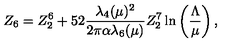
Z _ { 6 } = Z _ { 2 } ^ { 6 } + { \binom { 5 } { 2 } } { \frac { \lambda _ { 4 } ( \mu ) ^ { 2 } } { 2 \pi \alpha \lambda _ { 6 } ( \mu ) } } Z _ { 2 } ^ { 7 } \ln \left( \frac { \Lambda } { \mu } \right) ,